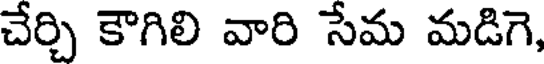
చేర్చి కౌగిలి వారి సేమ మడిగె,